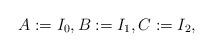
LaTeX: \begin{align*}A := I_0, B := I_1, C := I_2,\end{align*}